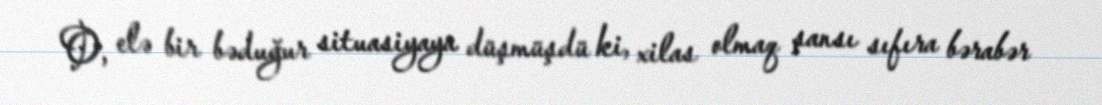
O, elə bir bəduğur situasiyaya düşmüşdü ki, xilas olmaq şansı sıfıra bərabər